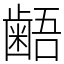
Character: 𪘚